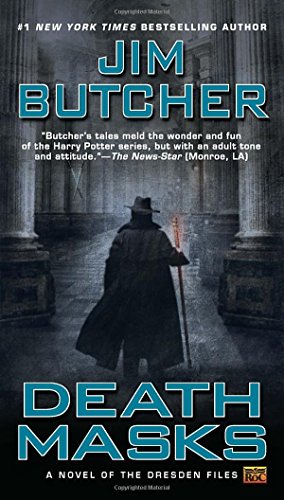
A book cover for Death Masks: Book Five of The Dresden Files; Jim Butcher; Mystery, Thriller & Suspense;